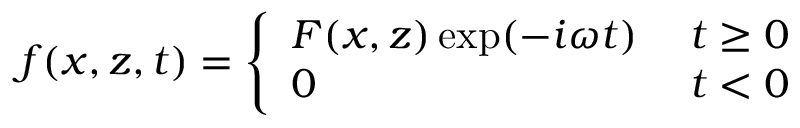
f ( x , z , t ) = \left\{ \begin{array} { l l } { F ( x , z ) \exp ( - i \omega t ) \; } & { t \ge 0 } \\ { 0 \; } & { t < 0 } \end{array} \right.